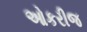
ઓકરીજ